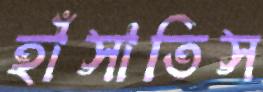
হাঁসাতিস